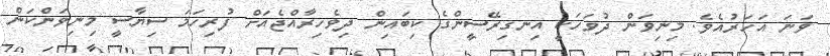
ވަނަ އަހަރުއެވެ. މިނިވަން ދުވަހަކީ އިނގިރޭސީންގެ ކިބައިން ދިވެހިރާއްޖެއަށް ފުރިހަމަ ސިޔާސީ މިނިވަންކަން